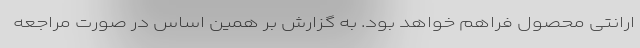
ارانتی محصول فراهم خواهد بود. به گزارش بر همین اساس در صورت مراجعه